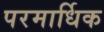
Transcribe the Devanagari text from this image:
परमार्धिक